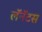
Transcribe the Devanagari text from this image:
लॅनॅटस